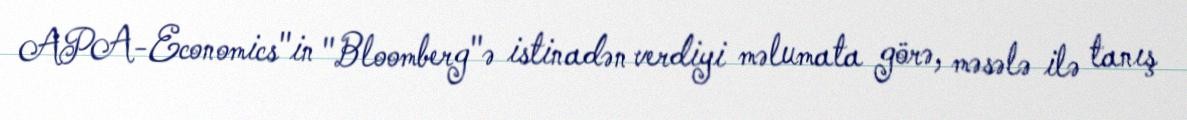
APA-Economics"in "Bloomberg"ə istinadən verdiyi məlumata görə, məsələ ilə tanış